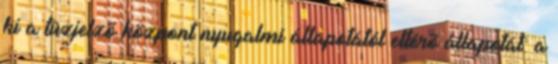
ki a tûzjelzõ központ nyugalmi állapotától eltérõ állapotát: a